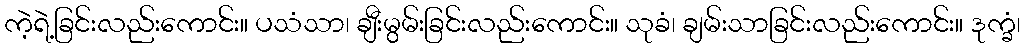
ကဲ့ရဲ့ခြင်းလည်းကောင်း။ ပသံသာ၊ ချီးမွမ်းခြင်းလည်းကောင်း။ သုခံ၊ ချမ်းသာခြင်းလည်းကောင်း။ ဒုက္ခံ၊